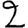
Digit: 2